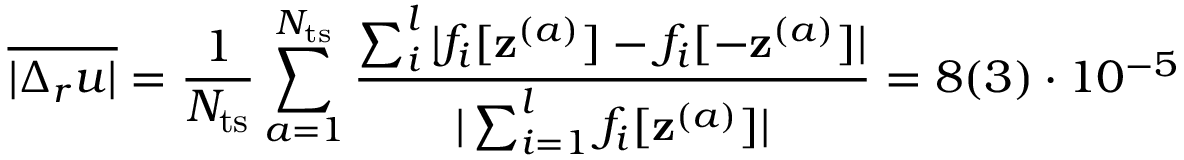
\overline { { | \Delta _ { r } u | } } = \frac { 1 } { N _ { \mathrm { t s } } } \sum _ { a = 1 } ^ { N _ { \mathrm { t s } } } \frac { \sum _ { i } ^ { l } | { f } _ { i } [ \mathbf { z } ^ { ( a ) } ] - { f } _ { i } [ - \mathbf { z } ^ { ( a ) } ] | } { | \sum _ { i = 1 } ^ { l } { f } _ { i } [ \mathbf { z } ^ { ( a ) } ] | } = 8 ( 3 ) \cdot 1 0 ^ { - 5 }